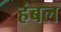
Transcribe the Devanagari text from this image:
हंबल